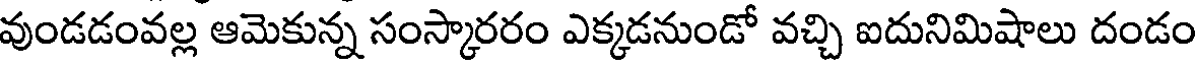
వుండడంవల్ల ఆమెకున్న సంస్కారరం ఎక్కడనుండో వచ్చి ఐదునిమిషాలు దండం